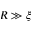
R \gg \xi